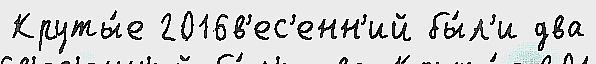
Круты́е 2016в'ес'енн'ий бы́л'и два